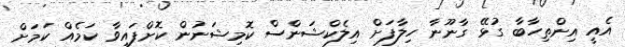
އެއީ އިންތިހާބާ ގުޅޭ ގާނޫނާ ހިލާފަށް އިލެކްޝަންސް ކޮމިޝަނުން ކޮށްފައިވާ ކަމެއް ކަމަށް